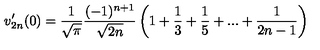
v _ { 2 n } ^ { \prime } ( 0 ) = \frac { 1 } { \sqrt { \pi } } \frac { ( - 1 ) ^ { n + 1 } } { \sqrt { 2 n } } \left( 1 + \frac { 1 } { 3 } + \frac { 1 } { 5 } + . . . + \frac { 1 } { 2 n - 1 } \right)